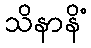
သိနာနိံ